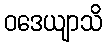
ဝဒေယျာသိ